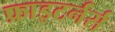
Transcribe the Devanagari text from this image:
फ्राइटर्नर्स